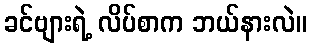
ခင်ဗျားရဲ့ လိပ်စာက ဘယ်နားလဲ။